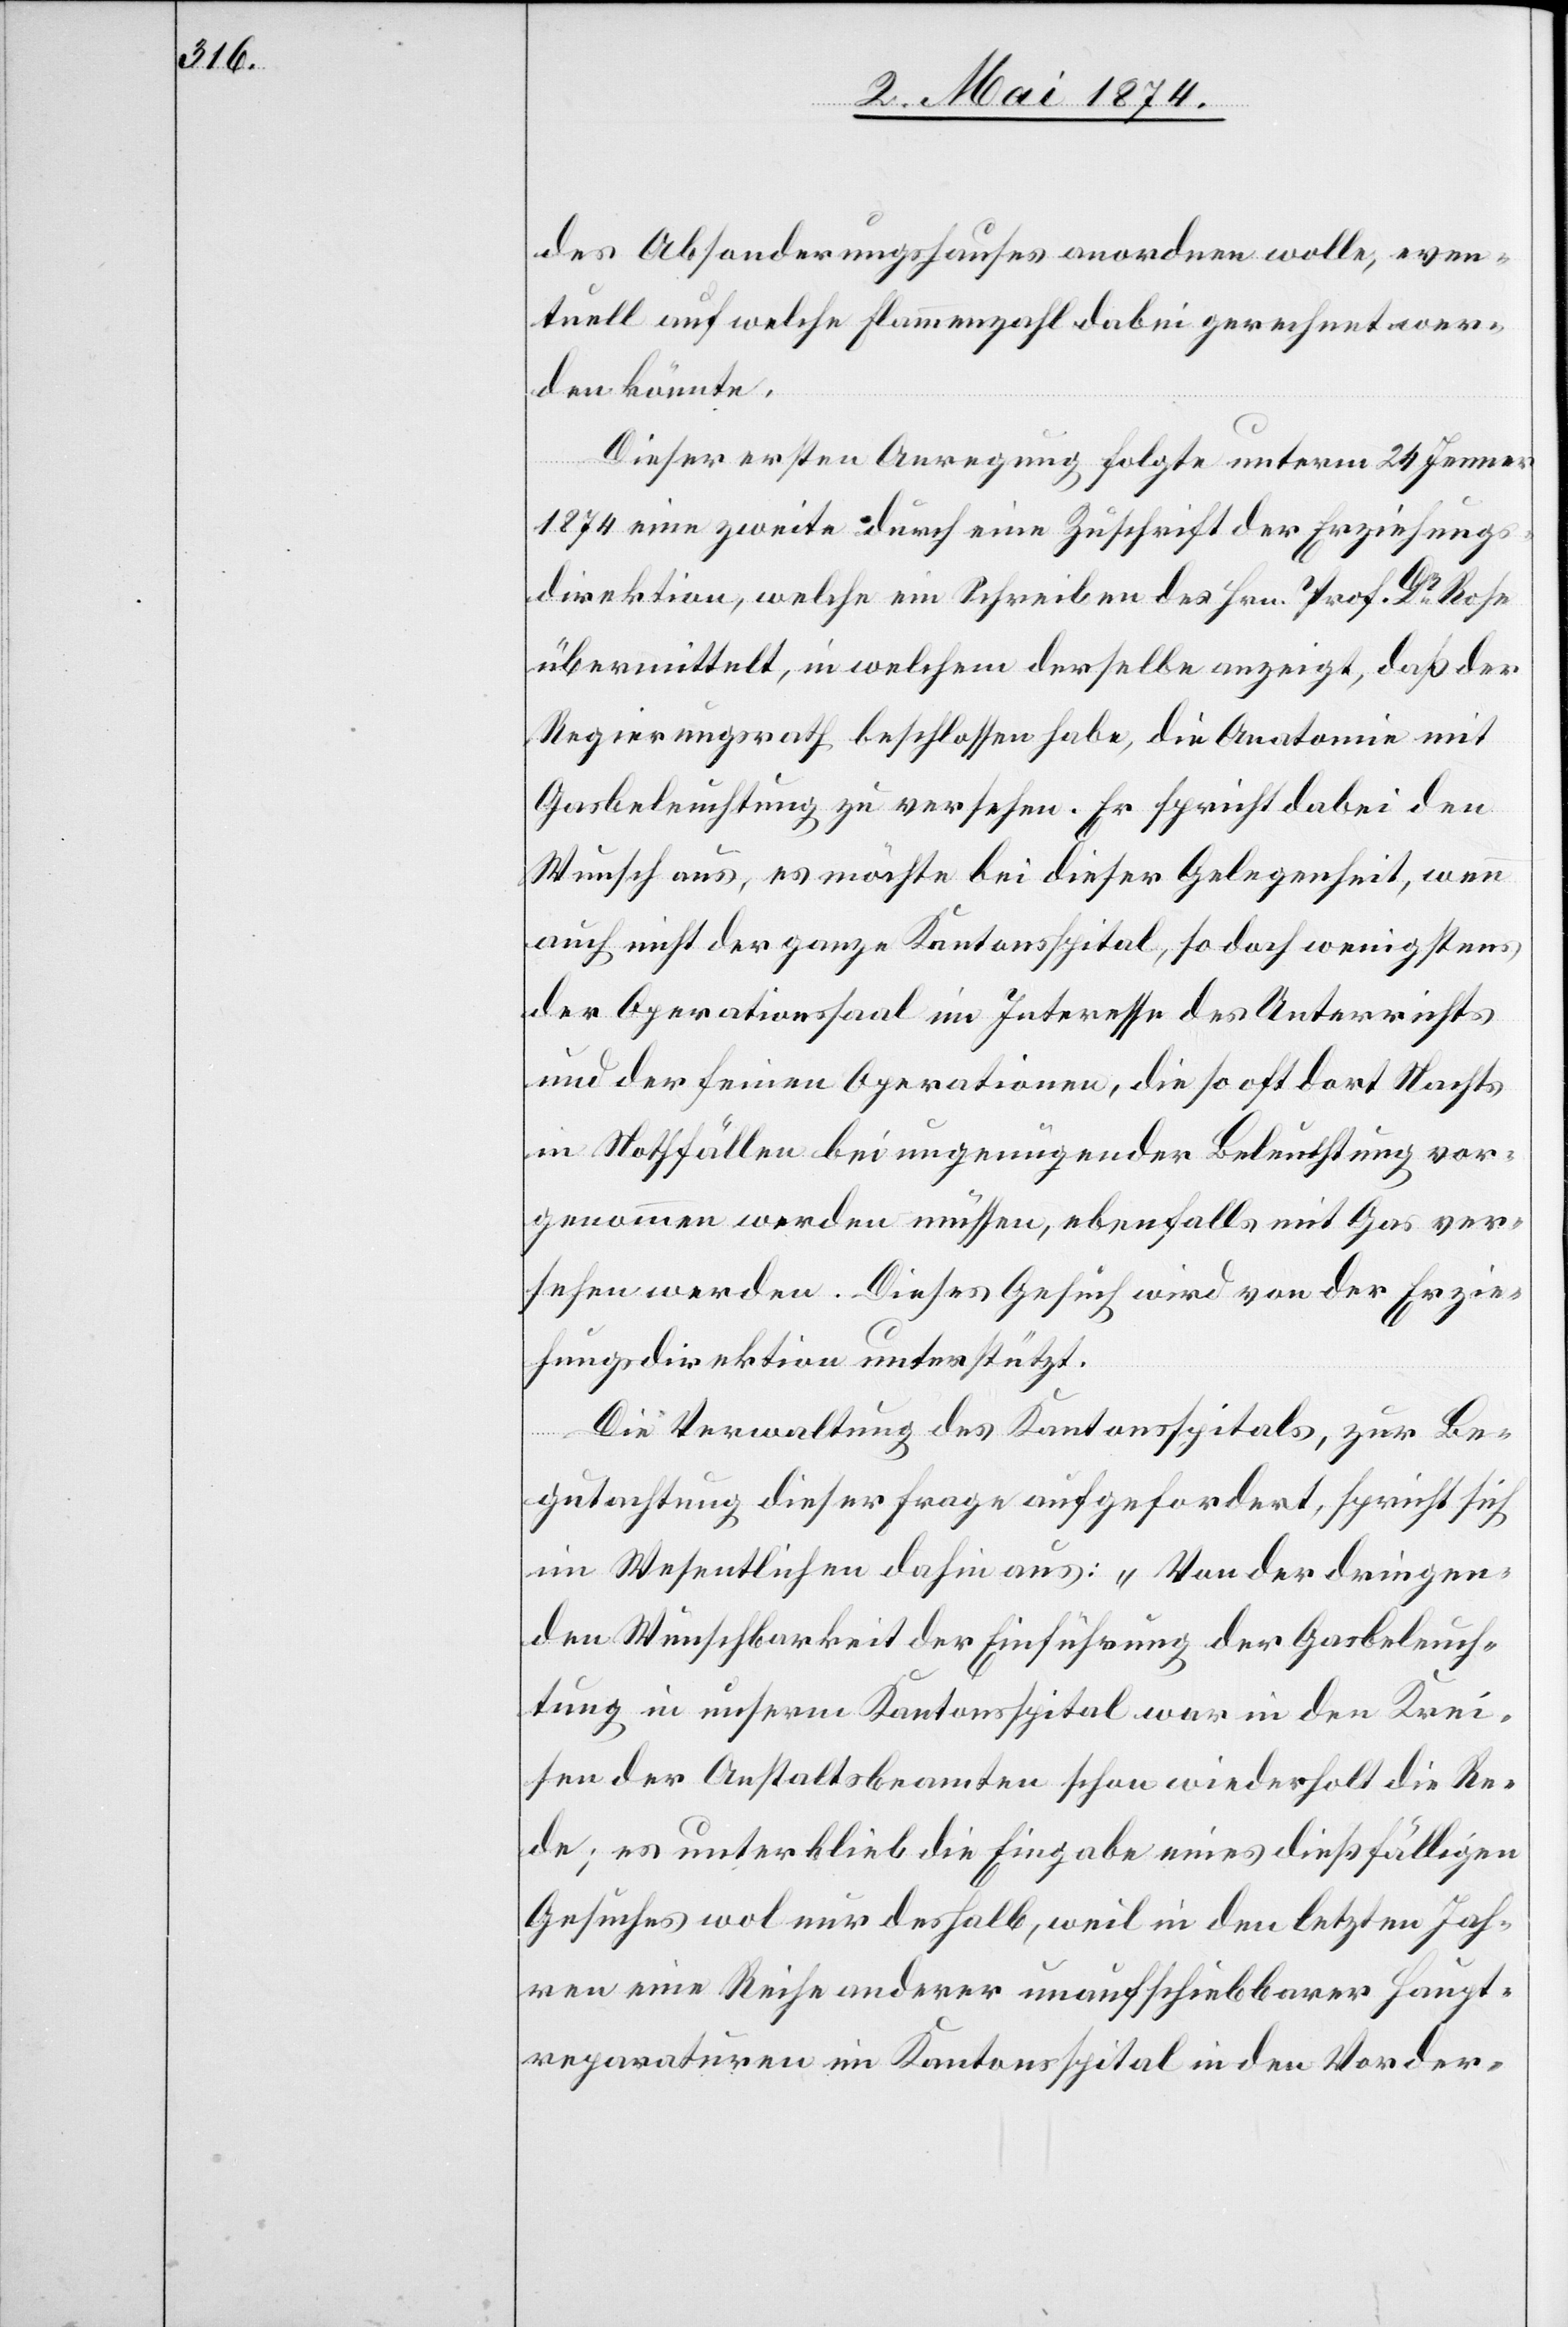
des Absonderungshauses anordnen wolle, even¬
tuell auf welche Flammenzahl dabei gerechnet wer¬
den könnte.
Dieser ersten Anregung folgte unterm 24. Jenner
1874 eine zweite durch eine Zuschrift der Erziehungs¬
direktion, welche im Schreiben des Hrn. Prof. Dr Rose
übermittelt, in welchem derselbe anzeigt, daß der
Regierungsrath beschlossen habe, die Anatomie mit
Gasbeleuchtung zu versehen. Er spricht dabei den
Wunsch aus, es möchte bei dieser Gelegenheit, wenn
auch nicht der ganze Kantonsspital, so doch wenigstens
der Operationssaal im Interesse des Unterrichts
und der feinen Operationen, die so oft dort Nachts
in Nothfällen bei ungenügender Beleuchtung vor¬
genommen werden müssen, ebenfalls mit Gas ver¬
sehen werden. Dieses Gesuch wird von der Erzie¬
hungsdirektion unterstützt.
Die Verwaltung des Kantonsspitals, zur Be¬
gutachtung dieser Frage aufgefordert, spricht sich
im Wesentlichen dahin aus: „Von der dringen¬
den Wünschbarkeit der Einführung der Gasbeleuch¬
tung in unserm Kantonsspital war in den Krei¬
sen der Anstaltsbeamten schon wiederholt die Re¬
de; es unterblieb die Eingabe eines dießfälligen
Gesuches wol nur deshalb, weil in den letzten Jah¬
ren eine Reihe anderer unaufschiebbarer Haupt¬
reparaturen im Kantonsspital in den Vorder-